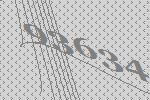
93634